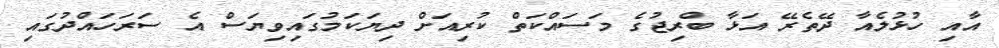
އާއި ހުޅުލެއާ ދޭތެރޭ އަޅާ ބްރިޖުގެ މަސައްކަތް ކުރިއަށް ދިޔަކަމުގައިވިޔަސް އެ ސަރަހައްދުގައި